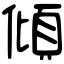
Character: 傾